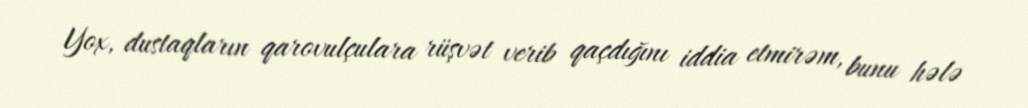
Yox, dustaqların qarovulçulara rüşvət verib qaçdığını iddia etmirəm, bunu hələ